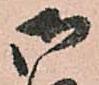
御